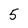
Character: 5